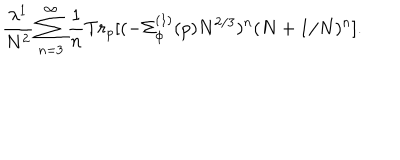
\frac { \lambda ^ { 1 } } { N ^ { 2 } } \sum _ { n = 3 } ^ { \infty } \frac { 1 } { n } T r _ { p } [ ( - \Sigma _ { \phi } ^ { ( 1 ) } ( p ) N ^ { 2 / 3 } ) ^ { n } ( N + 1 / N ) ^ { n } ] .